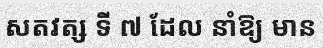
សតវត្ស ទី ៧ ដែល នាំឱ្យ មាន